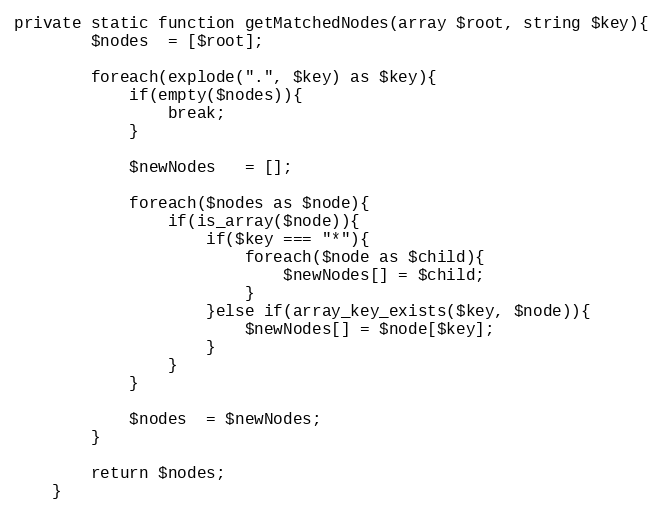
Language: PHP
private static function getMatchedNodes(array $root, string $key){
        $nodes  = [$root];

        foreach(explode(".", $key) as $key){
            if(empty($nodes)){
                break;
            }

            $newNodes   = [];

            foreach($nodes as $node){
                if(is_array($node)){
                    if($key === "*"){
                        foreach($node as $child){
                            $newNodes[] = $child;
                        }
                    }else if(array_key_exists($key, $node)){
                        $newNodes[] = $node[$key];
                    }
                }
            }

            $nodes  = $newNodes;
        }

        return $nodes;
    }